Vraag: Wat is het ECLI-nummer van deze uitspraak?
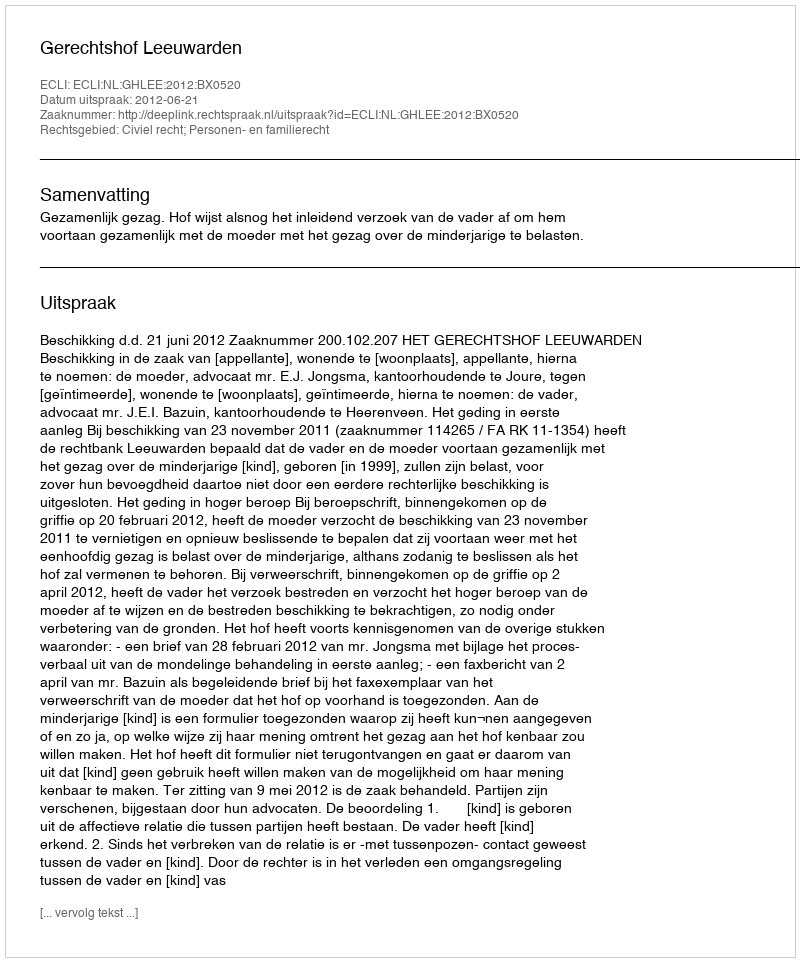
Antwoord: ECLI:NL:GHLEE:2012:BX0520